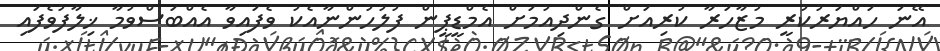
އޭނަ ހައްޔަރުކުރީ މުޒާހަރާ ކުރިއަށް ގެންދިއުމަށް އެމްޑީޕީން ފުލުހުންނާއެކު ވެފައިވާ އެއްބަސްވުމާ ޚިލާފުވެފައި